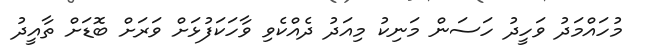
މުހައްމަދު ވަހީދު ހަސަން މަނިކު މިއަދު ދެއްކެވި ވާހަކަފުޅަށް ވަރަށް ބޮޑަށް ތާއީދު